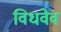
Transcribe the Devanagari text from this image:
विधवेव